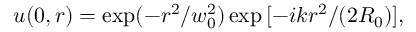
u ( 0 , r ) = \exp ( - r ^ { 2 } / w _ { 0 } ^ { 2 } ) \exp { [ - i k r ^ { 2 } / ( 2 R _ { 0 } ) ] } ,